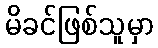
မိခင်ဖြစ်သူမှာ